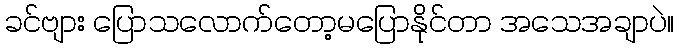
ခင်ဗျား ပြောသလောက်တော့မပြောနိုင်တာ အသေအချာပဲ။